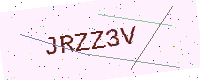
Text: JRZZ3V